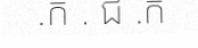
.ក . ជ .ក